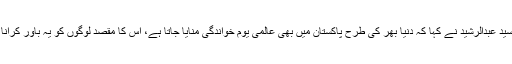
لیاری میں منعقدہ تقریب سے خطاب کرتے ہوئے مہمانِ خصوصی رکن سندھ اسمبلی سید عبدالرشید نے کہا کہ دنیا بھر کی طرح پاکستان میں بھی عالمی یوم خواندگی منایا جاتا ہے، اس کا مقصد لوگوں کو یہ باور کرانا ہے کہ ایک پڑھا لکھا انسان ہی معاشرے کی تعمیر وترقی میں کردار ادا کرسکتا ہے۔